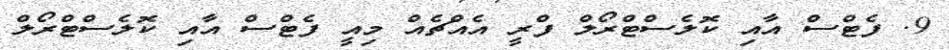
9. ފެޓްސް އާއި ކޮލެސްޓްރޯލް ފްރީ އެއްޗެއް މިއީ ފެޓްސް އާއި ކޮލެސްޓްރޯލް